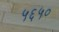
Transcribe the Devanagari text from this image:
५६५०